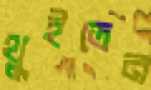
থুইতেন